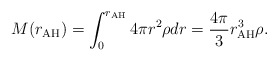
\begin{align*}M(r_{\rm AH}) = \int_0^{r_{\rm AH}} 4\pi r^2 \rho dr = \frac{4\pi}{3} r_{\rm AH}^3 \rho.\end{align*}